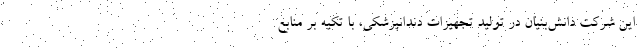
این شرکت دانش­بنیان در تولید تجهیزات دندانپزشکی، با تکیه بر منابع